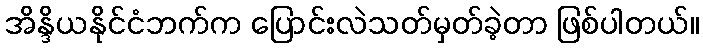
အိန္ဒိယနိုင်ငံဘက်က ပြောင်းလဲသတ်မှတ်ခဲ့တာ ဖြစ်ပါတယ်။